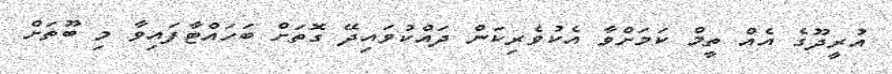
އުރީދޫގެ އެއް ތީމް ކަމަށްވާ އެކުވެރިކަން ދައްކުވައިދޭ ގޮތަށް ބަހައްޓާފައިވާ މި ބޫތަށް